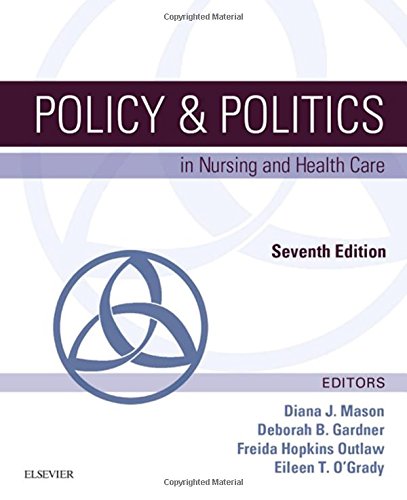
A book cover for Policy & Politics in Nursing and Health Care, 7e; Diana J. Mason RN  PhD  FAAN; Medical Books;